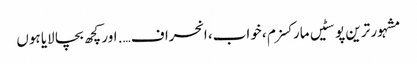
مشہور ترین پوسٹیں	مارکسزم ، خواب، انحراف …. اور کچھ بچا لایا ہوں